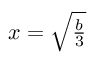
x = \textstyle { \sqrt { \frac { b } { 3 } } }